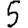
Digit: 5